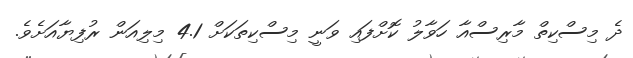
ދެ މިސްކިތް މާރިސްއާ ހަވާލު ކޮށްފައި ވަނީ މިސްކިތަކަށް 4.1 މިލިއަން ރުފިޔާއަށެވެ.